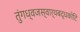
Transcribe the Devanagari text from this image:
तुंगध्वजस्वार्थबद्धकोटि